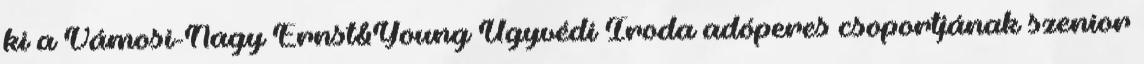
ki a Vámosi-Nagy Ernst&Young Ügyvédi Iroda adóperes csoportjának szenior